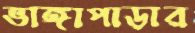
ভাঙ্গাপাড়ার